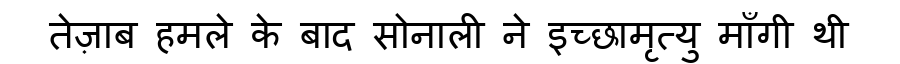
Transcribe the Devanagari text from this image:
तेज़ाब हमले के बाद सोनाली ने इच्छामृत्यु माँगी थी